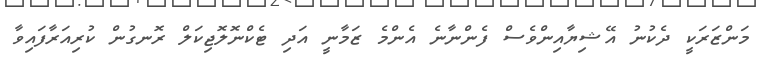
މަންޒަރަކީ ދެކުނު އޭޝިޔާއިންވެސް ފެންނާނެ އެންމެ ޒަމާނީ އަދި ޓެކްނޮލޮޖިކަލް ރޮނގުން ކުރިއަރާފައިވާ